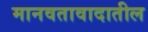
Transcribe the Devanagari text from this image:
मानवतावादातील